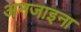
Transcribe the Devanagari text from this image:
अनजाइना